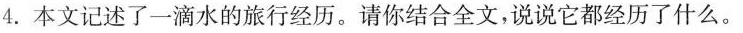
4.本文记述了一滴水的旅行经历。